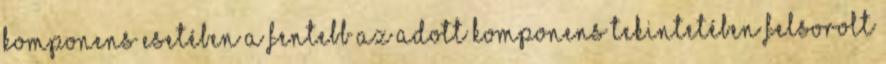
komponens esetében a fentebb az adott komponens tekintetében felsorolt